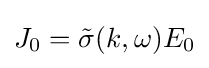
J_{0}={\tilde {\sigma }}(k,\omega )E_{0}